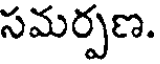
సమర్పణ.